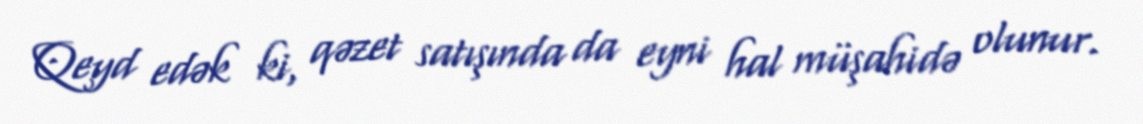
Qeyd edək ki, qəzet satışında da eyni hal müşahidə olunur.